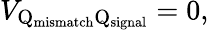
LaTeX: V_{\mathrm{Q}_{\mathrm{mismatch}}\mathrm{Q}_{\mathrm{signal}}}=0,